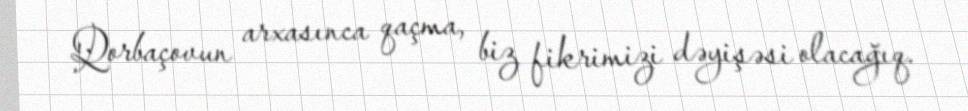
Qorbaçovun arxasınca qaçma, biz fikrimizi dəyişəsi olacağıq.